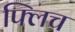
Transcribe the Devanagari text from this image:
फ्लिच